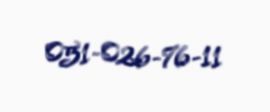
051-026-76-11